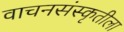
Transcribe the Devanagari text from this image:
वाचनसंस्कृतीला